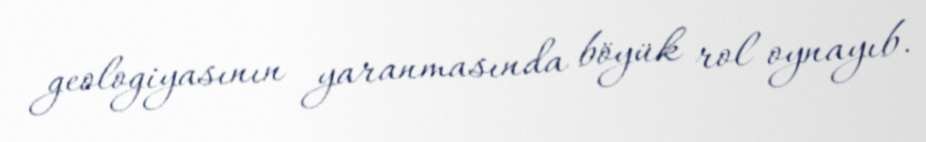
geologiyasının yaranmasında böyük rol oynayıb.